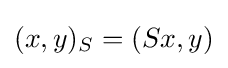
\displaystyle {(x,y)_{S}=(Sx,y)}